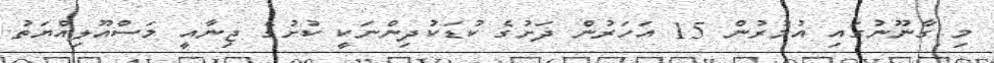
މި ގާނޫނުގައި އުމުރުން 15 އަހަރުން ދަށުގެ ކުޑަކުދިންނަކީ ކުށުގެ ޖިނާއީ މަސްއޫލިއްޔަތު